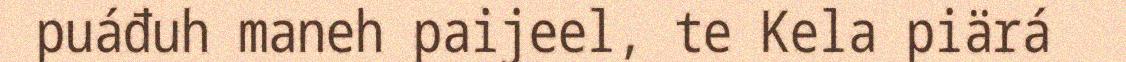
puáđuh maneh paijeel, te Kela piärá